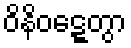
ဝိနိဝဋ္ဋေတွာ